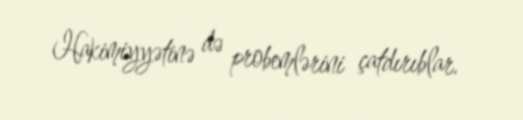
Hakimiyyətinə də probemlərini çatdırıblar.